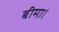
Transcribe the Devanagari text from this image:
बीमा।